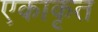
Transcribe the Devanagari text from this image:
एकाकृत